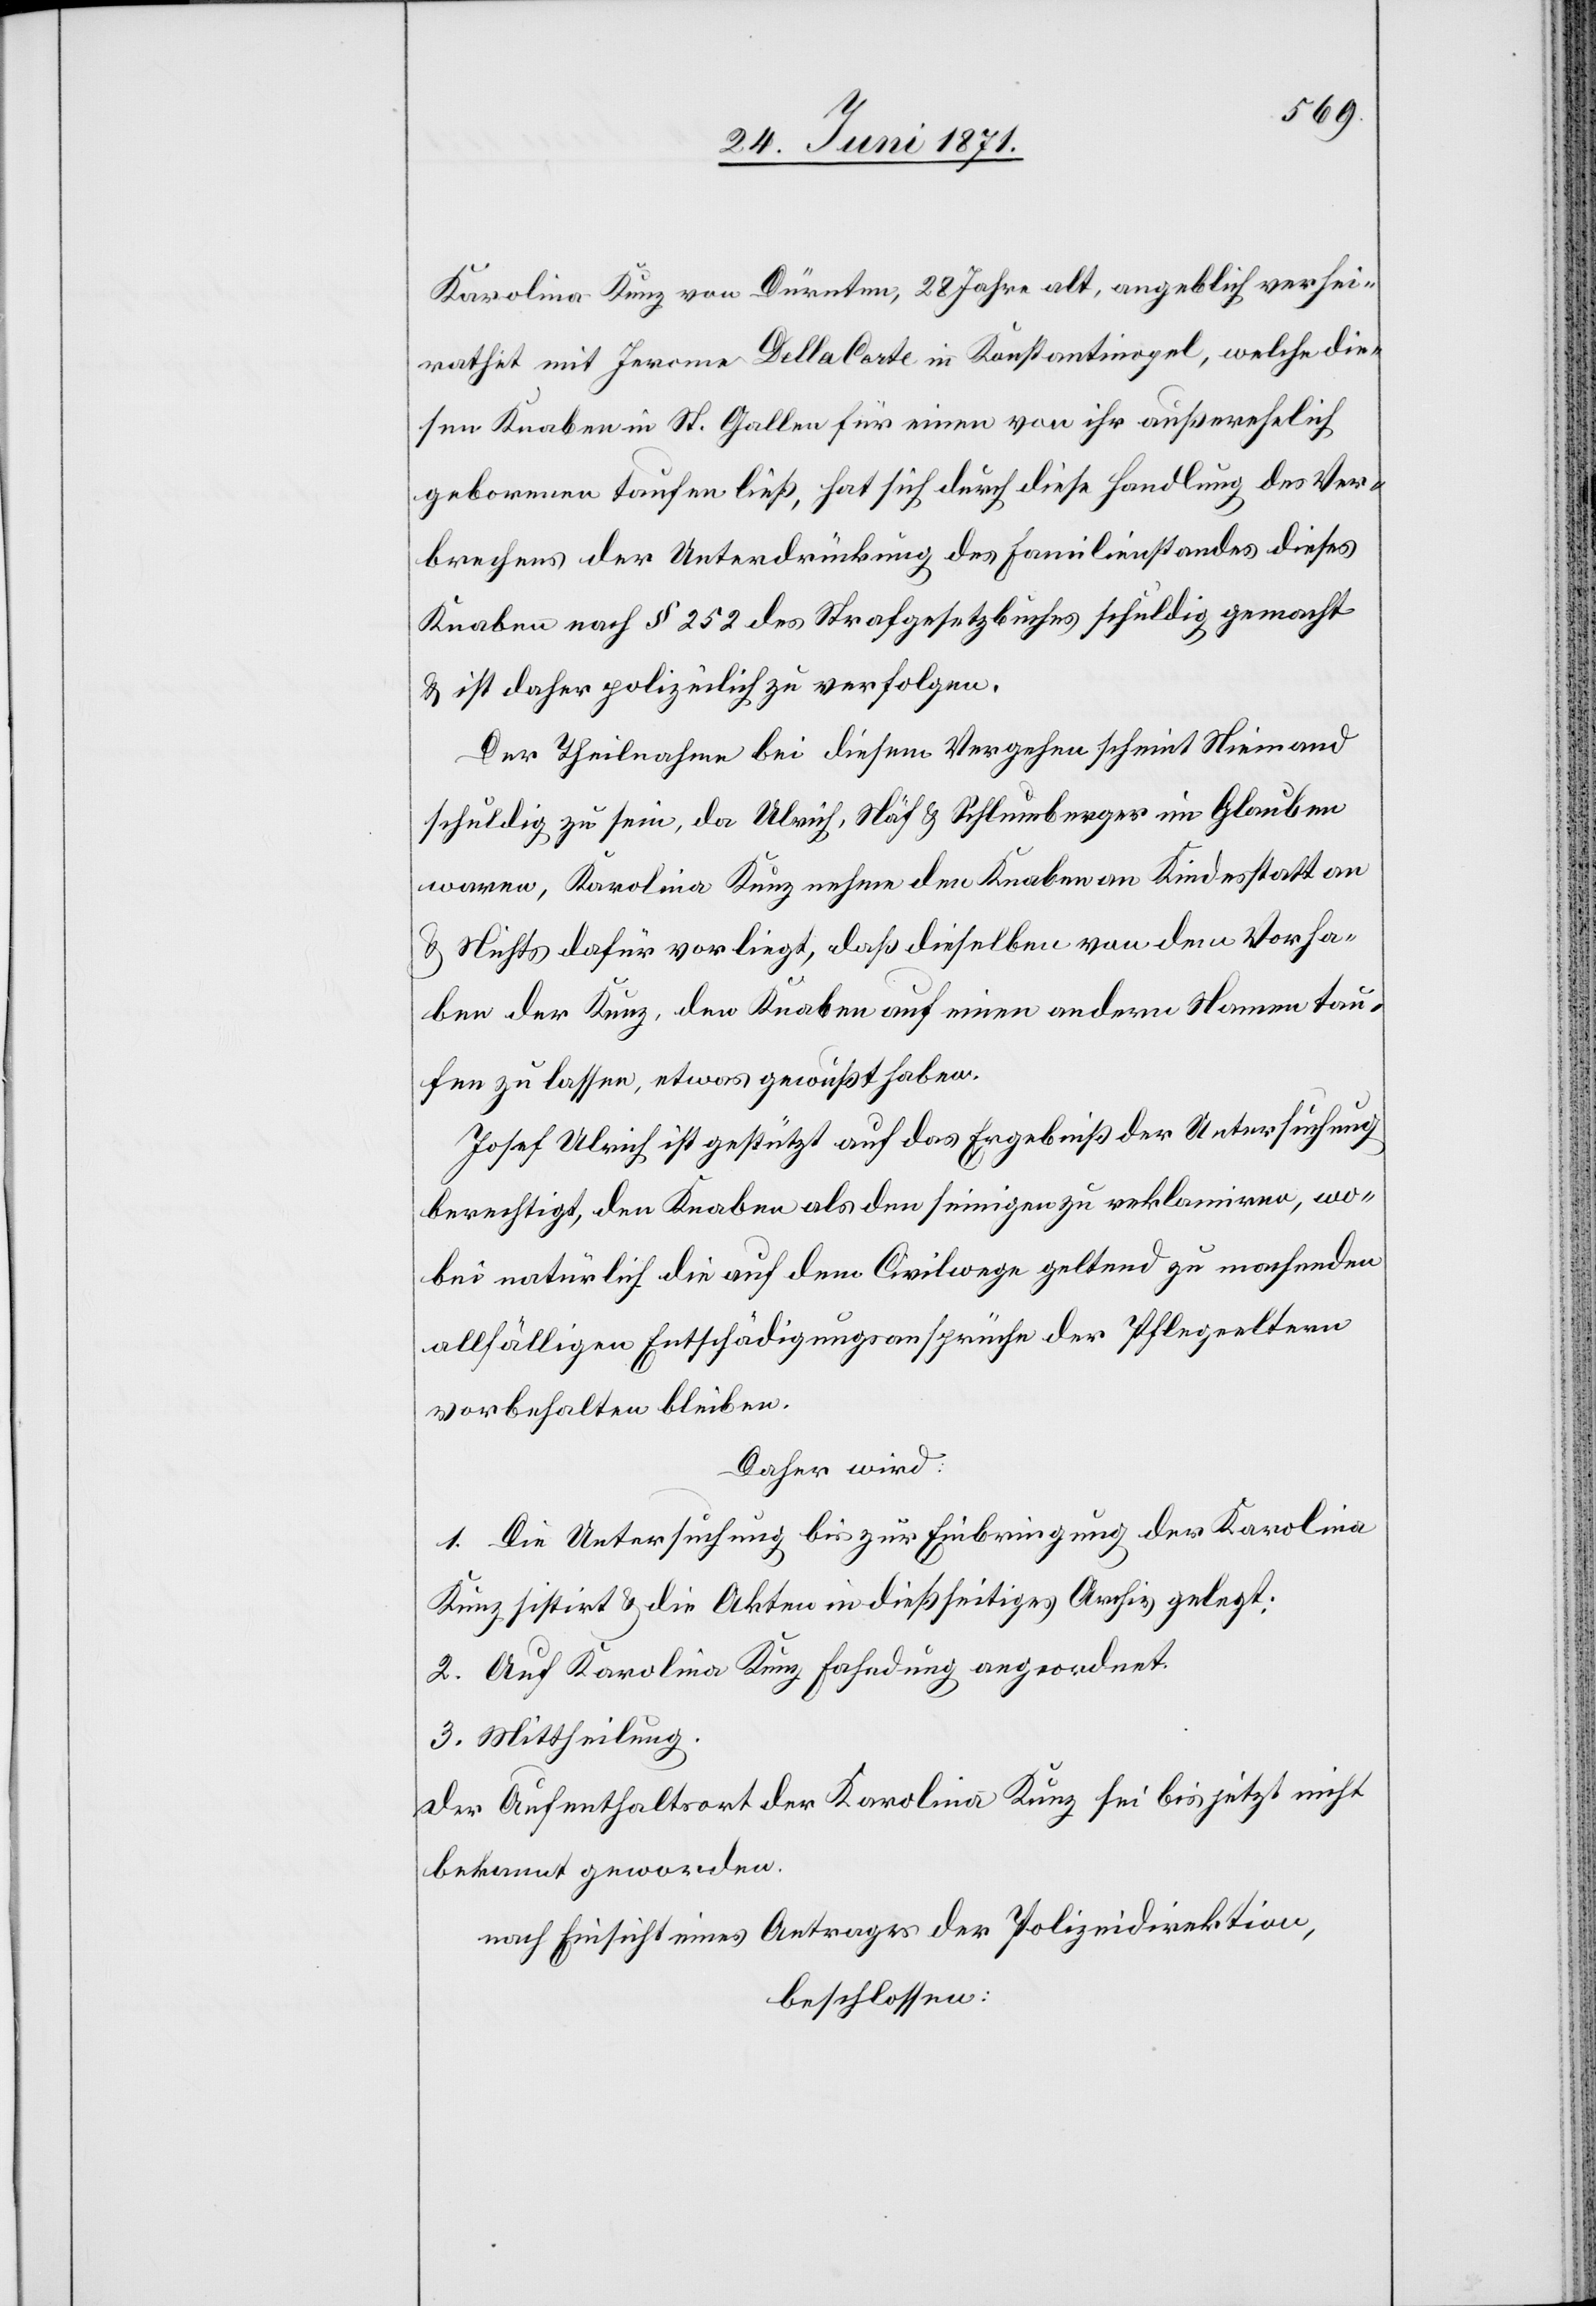
Karolina Kunz von Dürnten, 28 Jahre alt, angeblich verhei¬
rathet mit Jerome Della Corte in Konstantinopel, welche die¬
sen Knaben in St. Gallen für einen von ihr außerehelich
geborenen taufen ließ, hat sich durch diese Handlung des Ver¬
brechens der Unterdrückung des Familienstandes dieses
Knabens nach § 252 des Strafgesetzbuches schuldig gemacht
u. ist daher polizeilich zu verfolgen.
Der Theilnahme bei diesem Vergehen scheint Niemand
schuldig zu sein, da Ulrich, Näf u. Schlumberger im Glauben
waren, Karolina Kunz nehme den Knaben an Kindesstatt an
u. Nichts dafür vorliegt, daß dieselben von dem Vorha¬
ben der Kunz, den Knaben auf einen andern Namen tau¬
fen zu lassen, etwas gewußt haben.
Josef Ulrich ist gestützt auf das Ergebniß der Untersuchung
berechtigt, den Knaben als den seinigen zu reklamiren, wo¬
bei natürlich die auf dem Civilwege geltend zu machenden
allfälligen Entschädigungsansprüche der Pflegeeltern
vorbehalten bleiben.
Daher wird:
1. Die Untersuchung bis zur Einbringung der Karolina
Kunz sistirt u. die Akten in dießseitiges Archiv gelegt:
2. Auf Karolina Kunz Fahndung angeordnet.
3. Mittheilung.
der Aufenthaltsort der Karolina Kunz sei bis jetzt nicht
bekannt geworden.
nach Einsicht eines Antrages der Polizeidirektion,
beschlossen: